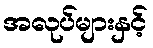
အလုပ်များနှင့်